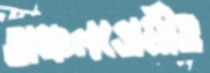
অঞ্চলপ্রেমীও